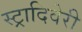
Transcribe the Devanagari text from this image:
स्ट्रादिवेरी